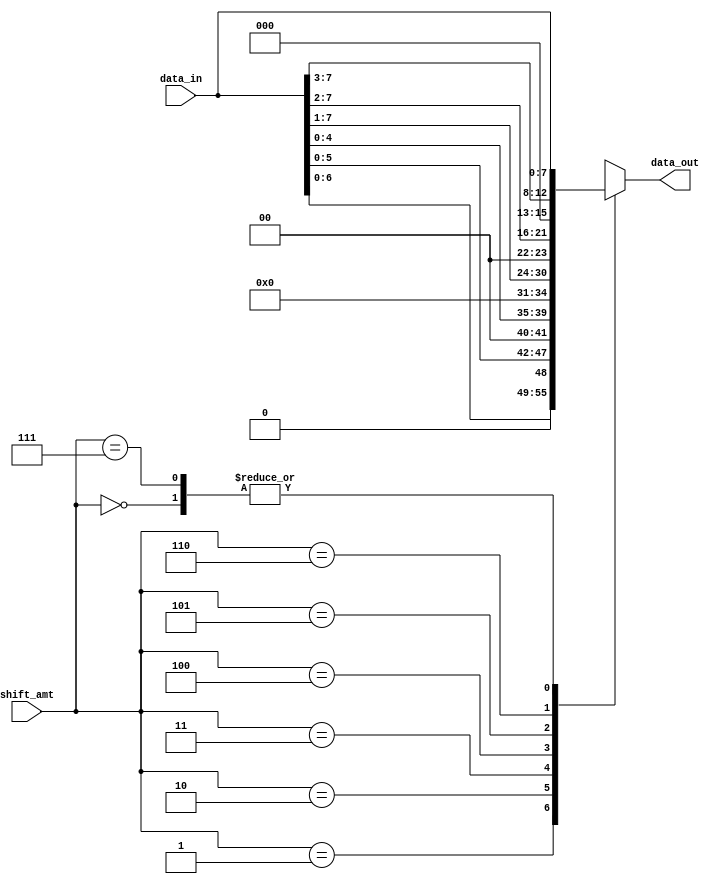
module BarrelShifter (
    input wire [7:0] data_in,
    input wire [2:0] shift_amt,
    output reg [7:0] data_out
);

reg [7:0] shifted_data;

always @(*) begin
    case(shift_amt)
        3'b000: shifted_data = data_in;
        3'b001: shifted_data = data_in << 1;
        3'b010: shifted_data = data_in << 2;
        3'b011: shifted_data = data_in << 3;
        3'b100: shifted_data = data_in >> 1;
        3'b101: shifted_data = data_in >> 2;
        3'b110: shifted_data = data_in >> 3;
        3'b111: shifted_data = data_in;
        default: shifted_data = data_in;
    endcase
end

always @* begin
    data_out = shifted_data;
end

endmodule